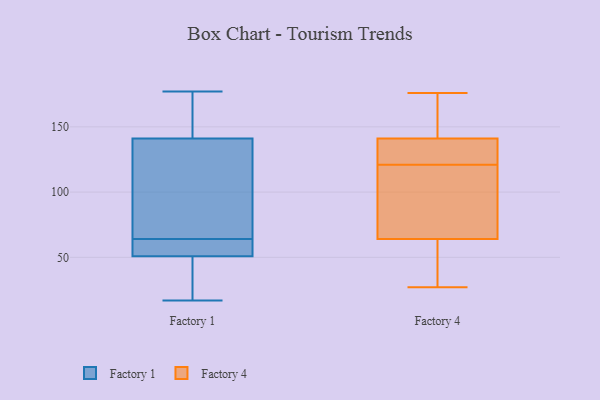
{"axis": {"x": "Conversion Rate (%)", "y": "Value"}, "legend": ["Factory 1", "Factory 4"], "data": [{"x": "", "y": 55, "type": "Factory 1"}, {"x": "", "y": 43, "type": "Factory 1"}, {"x": "", "y": 150, "type": "Factory 1"}, {"x": "", "y": 52, "type": "Factory 1"}, {"x": "", "y": 177, "type": "Factory 1"}, {"x": "", "y": 42, "type": "Factory 1"}, {"x": "", "y": 53, "type": "Factory 1"}, {"x": "", "y": 87, "type": "Factory 1"}, {"x": "", "y": 112, "type": "Factory 1"}, {"x": "", "y": 17, "type": "Factory 1"}, {"x": "", "y": 138, "type": "Factory 1"}, {"x": "", "y": 177, "type": "Factory 1"}, {"x": "", "y": 58, "type": "Factory 1"}, {"x": "", "y": 47, "type": "Factory 1"}, {"x": "", "y": 168, "type": "Factory 1"}, {"x": "", "y": 64, "type": "Factory 1"}, {"x": "", "y": 136, "type": "Factory 1"}, {"x": "", "y": 141, "type": "Factory 4"}, {"x": "", "y": 111, "type": "Factory 4"}, {"x": "", "y": 50, "type": "Factory 4"}, {"x": "", "y": 27, "type": "Factory 4"}, {"x": "", "y": 64, "type": "Factory 4"}, {"x": "", "y": 131, "type": "Factory 4"}, {"x": "", "y": 175, "type": "Factory 4"}, {"x": "", "y": 141, "type": "Factory 4"}, {"x": "", "y": 176, "type": "Factory 4"}, {"x": "", "y": 82, "type": "Factory 4"}]}